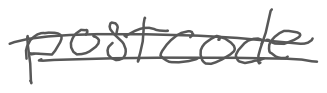
Text: postcode
Cross-out: double-line
Writing tool: digital_gray